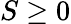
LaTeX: S\ge 0